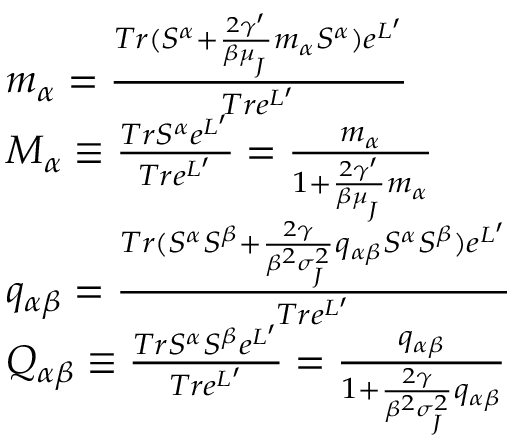
\begin{array} { r l } & { m _ { \alpha } = \frac { T r ( S ^ { \alpha } + \frac { 2 \gamma ^ { \prime } } { \beta \mu _ { _ { J } } } m _ { \alpha } S ^ { \alpha } ) e ^ { L ^ { \prime } } } { T r e ^ { L ^ { \prime } } } } \\ & { M _ { \alpha } \equiv \frac { T r S ^ { \alpha } e ^ { L ^ { \prime } } } { T r e ^ { L ^ { \prime } } } = \frac { m _ { \alpha } } { 1 + \frac { 2 \gamma ^ { \prime } } { \beta \mu _ { _ { J } } } m _ { \alpha } } } \\ & { q _ { \alpha \beta } = \frac { T r ( S ^ { \alpha } S ^ { \beta } + \frac { 2 \gamma } { \beta ^ { 2 } \sigma _ { _ { J } } ^ { 2 } } q _ { \alpha \beta } S ^ { \alpha } S ^ { \beta } ) e ^ { L ^ { \prime } } } { T r e ^ { L ^ { \prime } } } } \\ & { Q _ { \alpha \beta } \equiv \frac { T r S ^ { \alpha } S ^ { \beta } e ^ { L ^ { \prime } } } { T r e ^ { L ^ { \prime } } } = \frac { q _ { \alpha \beta } } { 1 + \frac { 2 \gamma } { \beta ^ { 2 } \sigma _ { _ { J } } ^ { 2 } } q _ { \alpha \beta } } } \end{array}